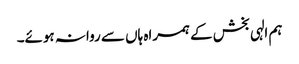
ہم الہی بخش کے ہمراہ ہاں سے روانہ ہوئے۔